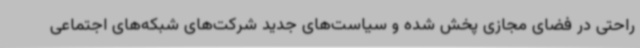
راحتی در فضای مجازی پخش شده و سیاست‌های جدید شرکت‌های شبکه‌های اجتماعی